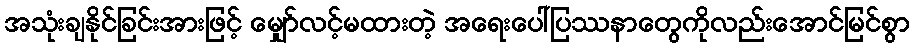
အသုံးချနိုင်ခြင်းအားဖြင့် မျှော်လင့်မထားတဲ့ အရေးပေါ်ပြဿနာတွေကိုလည်းအောင်မြင်စွာ